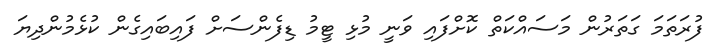
ފުރަތަމަ ގަތަރުން މަސައްކަތް ކޮށްފައި ވަނީ މުޅި ޓީމު ޑިފެންސަށް ފައިބައިގެން ކުޅެމުންދިޔަ